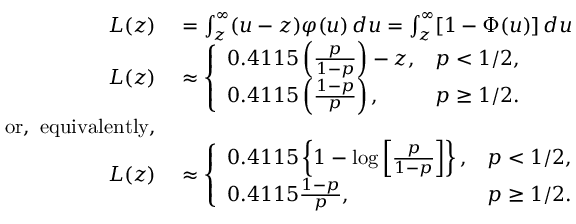
\begin{array} { r l } { L ( z ) } & { { } = \int _ { z } ^ { \infty } ( u - z ) \varphi ( u ) \, d u = \int _ { z } ^ { \infty } [ 1 - \Phi ( u ) ] \, d u } \\ { L ( z ) } & { { } \approx { \left\{ \begin{array} { l l } { 0 . 4 1 1 5 \left( { \frac { p } { 1 - p } } \right) - z , } & { p < 1 / 2 , } \\ { 0 . 4 1 1 5 \left( { \frac { 1 - p } { p } } \right) , } & { p \geq 1 / 2 . } \end{array} \right. } } \\ { { \mathrm { o r , ~ e q u i v a l e n t l y , } } } \\ { L ( z ) } & { { } \approx { \left\{ \begin{array} { l l } { 0 . 4 1 1 5 \left\{ 1 - \log \left[ { \frac { p } { 1 - p } } \right] \right\} , } & { p < 1 / 2 , } \\ { 0 . 4 1 1 5 { \frac { 1 - p } { p } } , } & { p \geq 1 / 2 . } \end{array} \right. } } \end{array}